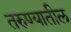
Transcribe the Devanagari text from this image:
तरुण्यातील